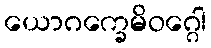
ယောဂက္ခေမိဝဂ္ဂေါ